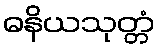
ဓနိယသုတ္တံ